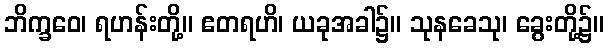
ဘိက္ခဝေ၊ ရဟန်းတို့။ ဧတရဟိ၊ ယခုအခါ၌။ သုနခေသု၊ ခွေးတို့၌။